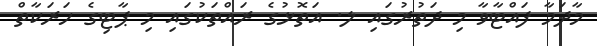
މާދަމާ ފައްޓާވާ މި ދަތުރުގައި ލ. އަތޮޅުގެ ރައްތަކުގައި މި ޕާޓިގެ ހަރަކާތް